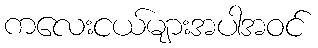
ကလေးငယ်များအပါအဝင်